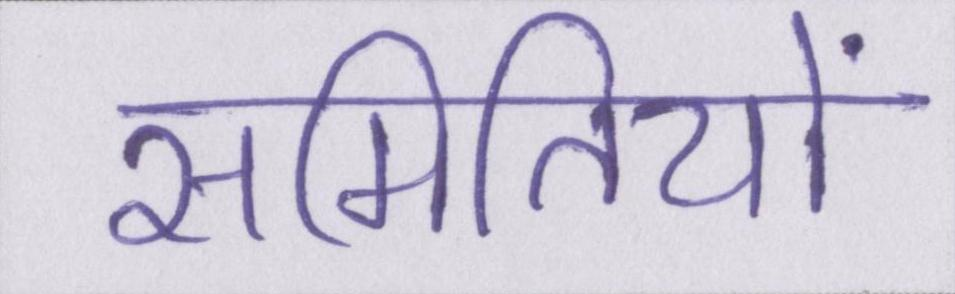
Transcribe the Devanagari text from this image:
समितियों